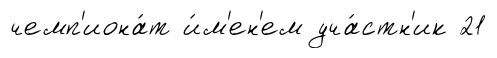
чемп'иона́т и́м'ен'ем уча́стн'ик 21